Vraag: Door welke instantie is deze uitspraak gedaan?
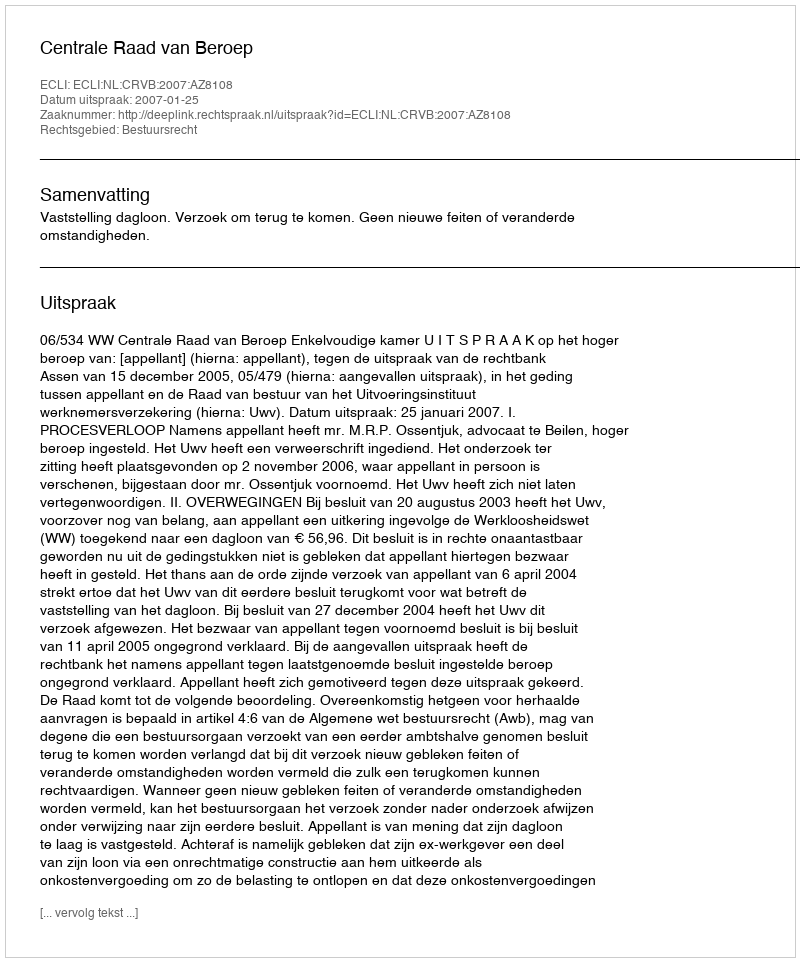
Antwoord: Centrale Raad van Beroep